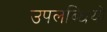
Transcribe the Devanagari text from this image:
उपलब्धियो